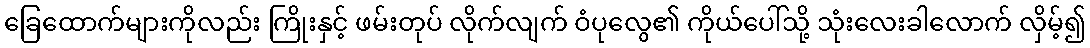
ခြေထောက်များကိုလည်း ကြိုးနှင့် ဖမ်းတုပ် လိုက်လျက် ဝံပုလွေ၏ ကိုယ်ပေါ်သို့ သုံးလေးခါလောက် လှိမ့်၍